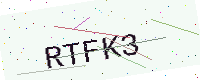
Text: RTFK3